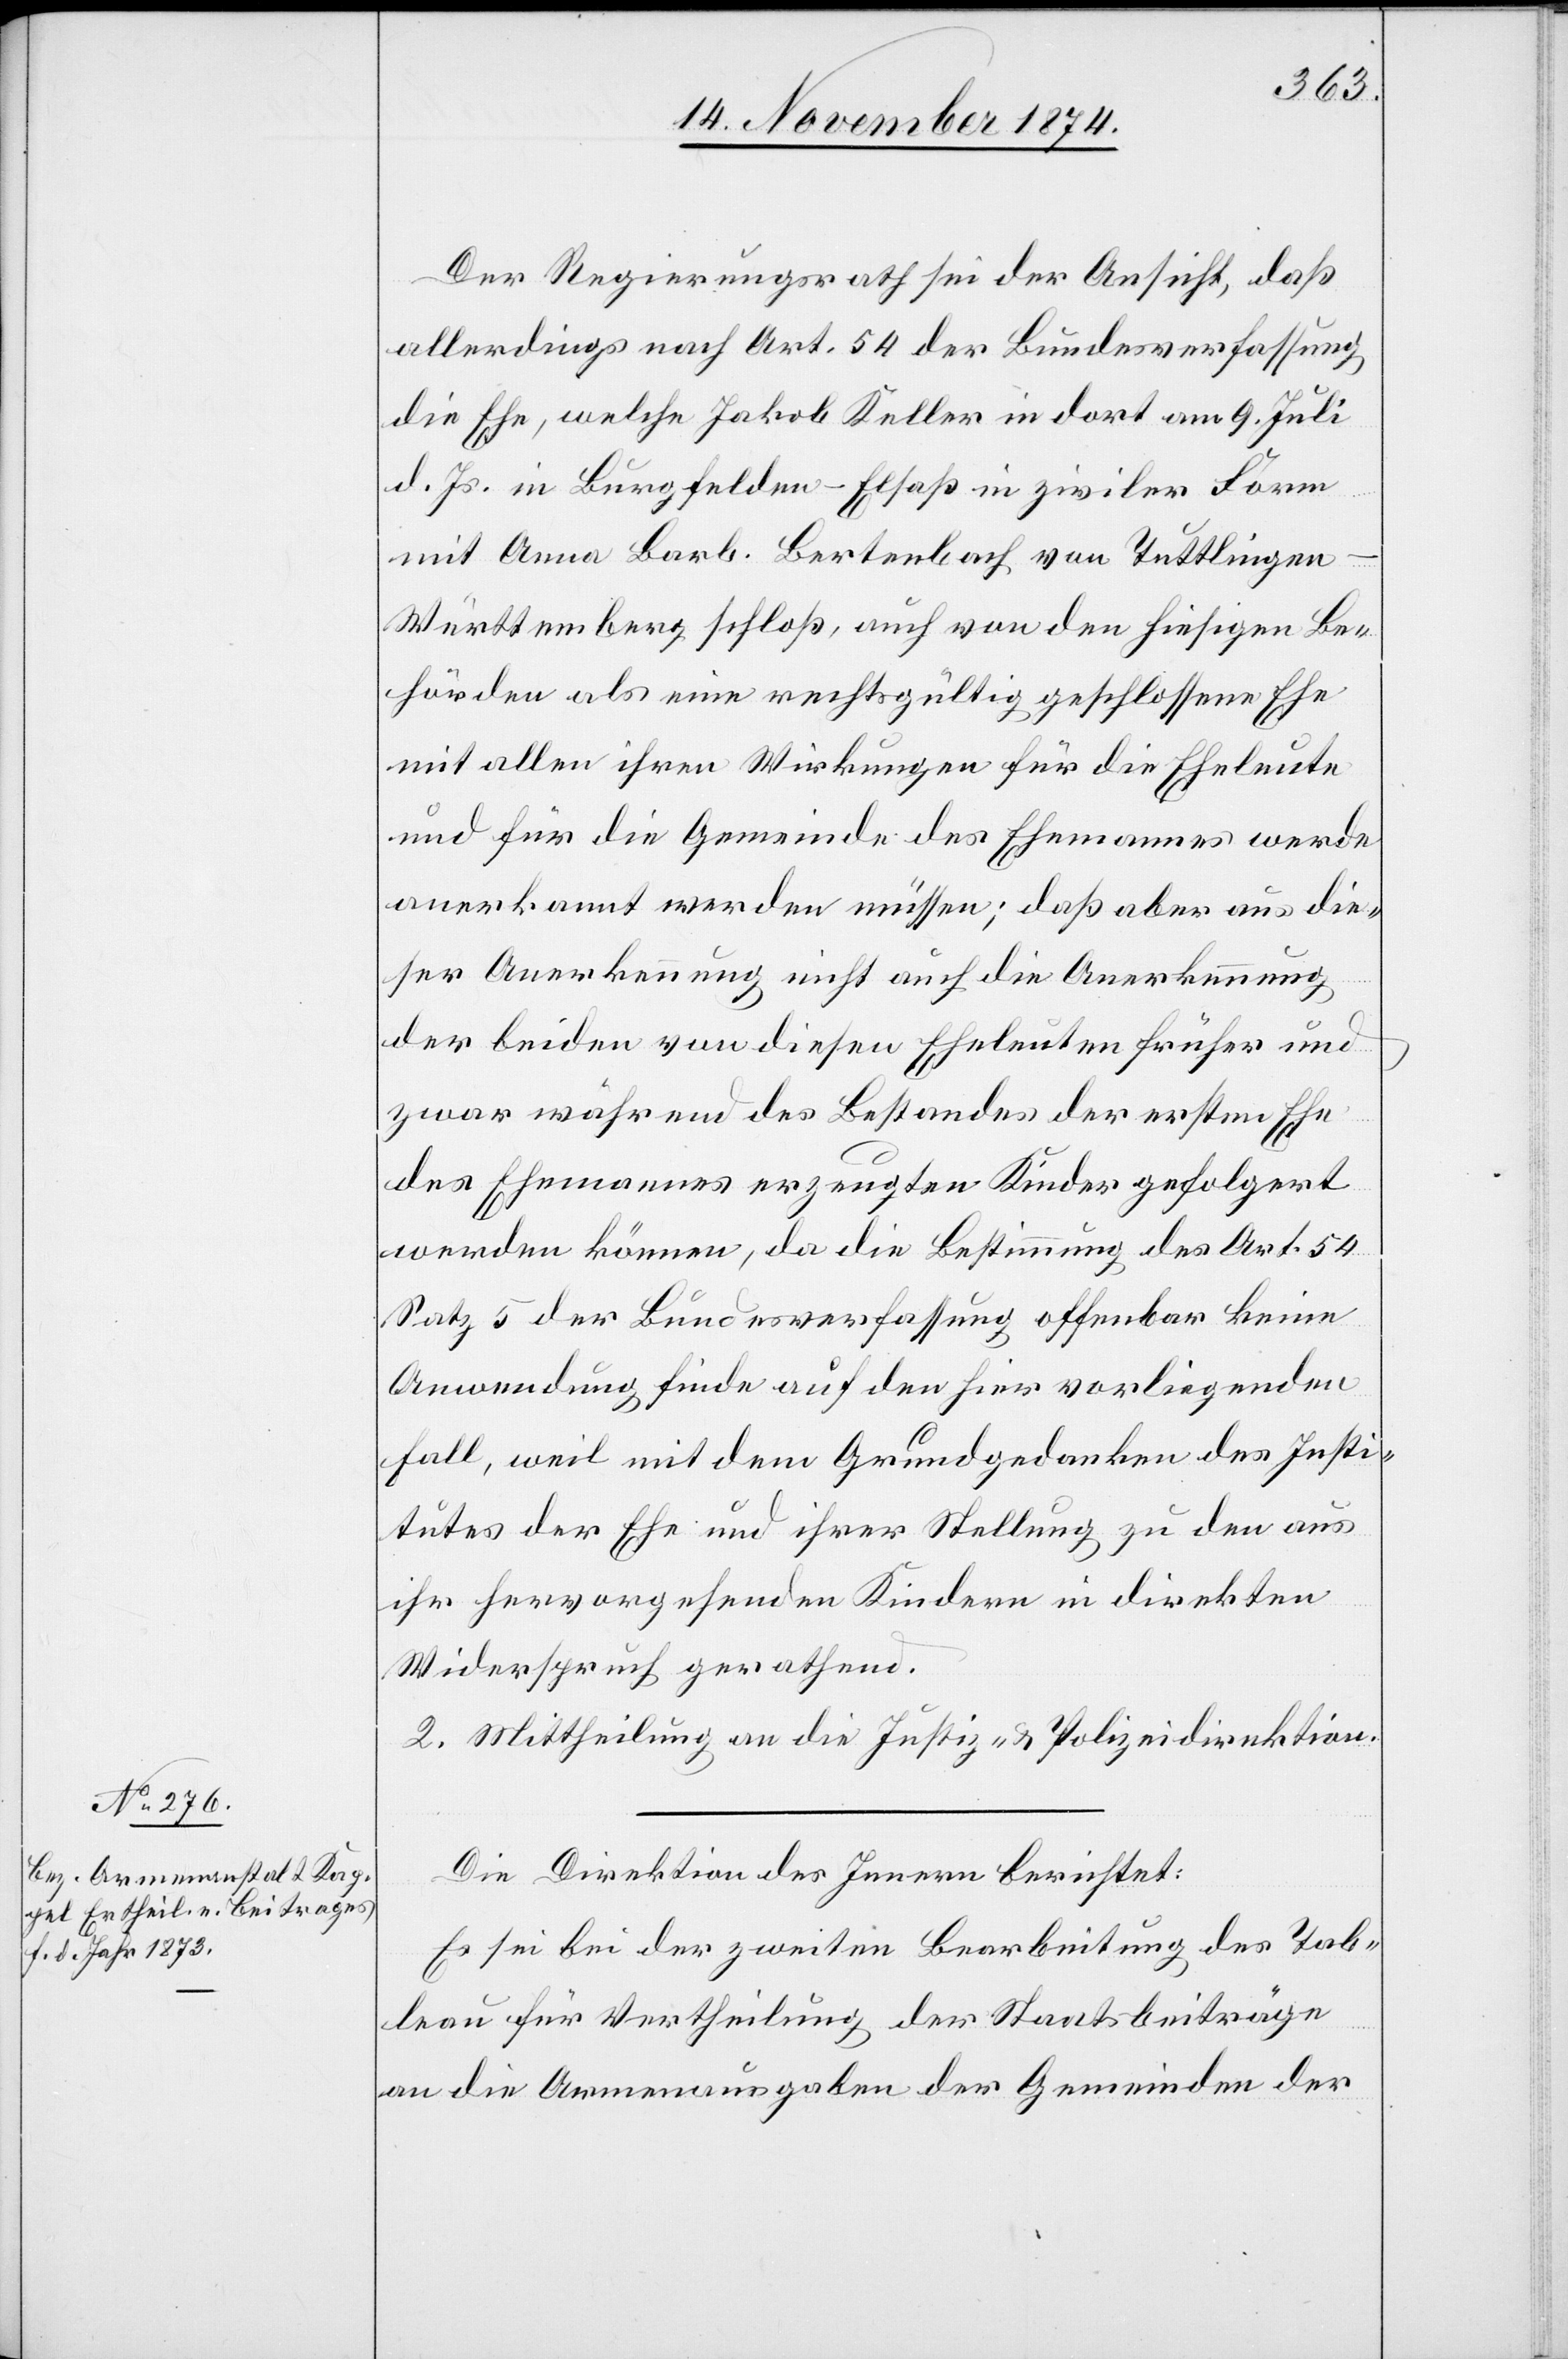
Der Regierungsrath sei der Ansicht, daß
allerdings nach Art. 54 der Bundesverfassung
die Ehe, welche Jakob Keller in dort am 9. Juli
d. Js. in Burgfelden-Elsaß in ziviler Form
mit Anna Barb. Bertenbach von Tuttlingen-W¬
ürttemberg schloß, auch von den hiesigen Be¬
hörden als eine rechtsgültig geschlossene Ehe
mit allen ihren Wirkungen für die Eheleute
und für die Gemeinde des Ehemannes werde
anerkannt werden müssen; daß aber aus die¬
ser Anerkennung nicht auch die Anerkennung
der beiden von diesen Eheleuten früher und
zwar während des Bestandes der ersten Ehe
des Ehemannes erzeugten Kinder gefolgert
werden könne, da die Bestimmung des Art. 54
Satz 5 der Bundesverfassung offenbar keine
Anwendung finde auf den hier vorliegenden
Fall, weil mit dem Grundgedanken des Insti¬
tutes der Ehe und ihrer Stellung zu den aus
ihr hervorgehenden Kindern in direkten
Widerspruch gerathend.
2. Mittheilung an die Justiz- & Polizeidirektion.
Die Direktion des Innern berichtet:
Es sei bei der zweiten Bearbeitung des Tab¬
leau für Vertheilung der Staatsbeiträge
an die Armenausgaben der Gemeinden der